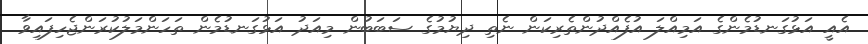
އެއީ އަޅުގަނޑުމެންގެ އަމިއްލަ އުފެއްދުންތެރިކަން ނެތި ދިޔުމުގެ ސަބަބުން މިއަދު އަޅުގަނޑުމެން ތަހަންމަލުކުރަންޖެހިފައިވާ